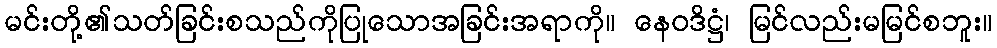
မင်းတို့၏သတ်ခြင်းစသည်ကိုပြုသောအခြင်းအရာကို။ နေဝဒိဋ္ဌံ၊ မြင်လည်းမမြင်စဘူး။